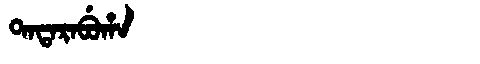
Manchu: ᡨᠠᡨᠠᡵᠠᠪᡠᡥᠠ
Romanization: TATARABUHA